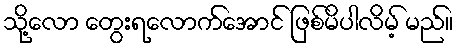
သို့လော တွေးရလောက်အောင် ဖြစ်မိပါလိမ့် မည်။